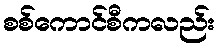
စစ်ကောင်စီကလည်း